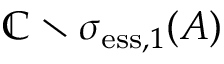
\mathbb { C } \setminus \sigma _ { \mathrm { e s s } , 1 } ( A )